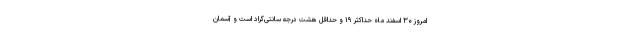
امروز ۳۰ اسفند ماه حداکثر ۱۹ و حداقل هشت درجه سانتی‌گراد است و آسمان